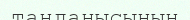
таңданысының